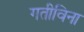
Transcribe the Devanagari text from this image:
गतीविना